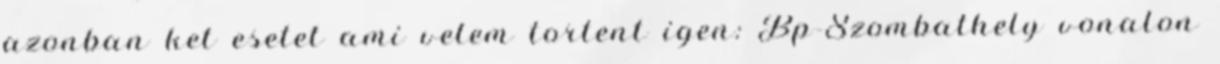
azonban ket esetet ami velem tortent igen: Bp-Szombathely vonalon